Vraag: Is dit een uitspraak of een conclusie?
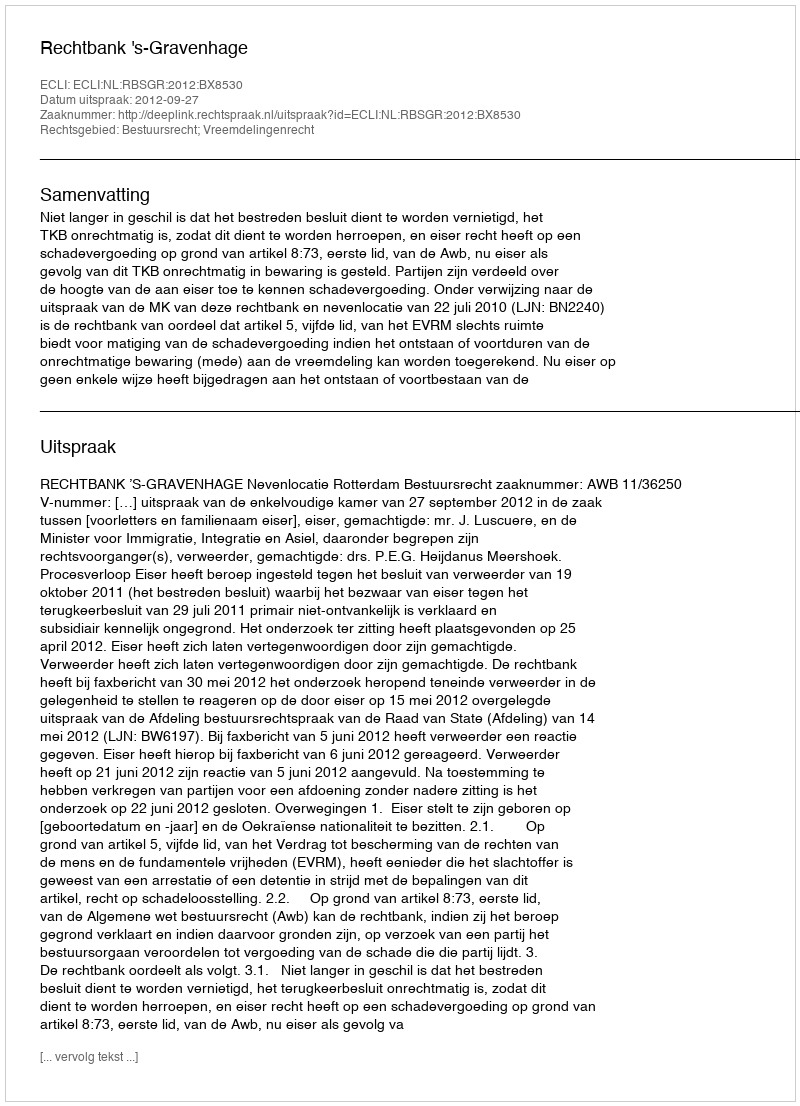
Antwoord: Uitspraak